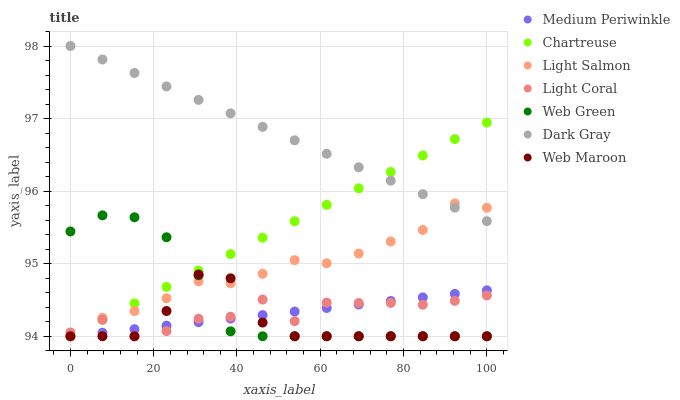
| xaxis_label | Medium Periwinkle | Chartreuse | Light Salmon | Light Coral | Web Green | Dark Gray | Web Maroon |
 | --- | --- | --- | --- | --- | --- | --- | --- |
 | 0 | 94 | 94 | 94 | 94.1 | 95.4 | 98 | 94 |
 | 7.69 | 94 | 94.2 | 94.3 | 94.2 | 95.7 | 97.8 | 94 |
 | 15.4 | 94.1 | 94.5 | 94.3 | 94 | 95.6 | 97.6 | 94 |
 | 23.1 | 94.1 | 94.7 | 94.5 | 94.1 | 95.4 | 97.4 | 94.3 |
 | 30.8 | 94.2 | 94.9 | 94.8 | 94.2 | 94.8 | 97.3 | 94.9 |
 | 38.5 | 94.2 | 95.1 | 94.7 | 94.3 | 94.1 | 97.1 | 94.8 |
 | 46.2 | 94.3 | 95.4 | 94.9 | 94.5 | 94 | 96.9 | 94.2 |
 | 53.8 | 94.3 | 95.6 | 95 | 94.2 | 94 | 96.7 | 94 |
 | 61.5 | 94.4 | 95.8 | 95 | 94.5 | 94 | 96.5 | 94 |
 | 69.2 | 94.4 | 96 | 95.1 | 94.5 | 94 | 96.3 | 94 |
 | 76.9 | 94.5 | 96.3 | 95.3 | 94.5 | 94 | 96.1 | 94 |
 | 84.6 | 94.5 | 96.5 | 95.5 | 94.4 | 94 | 96 | 94 |
 | 92.3 | 94.6 | 96.7 | 95.8 | 94.5 | 94 | 95.8 | 94 |
 | 100 | 94.6 | 96.9 | 95.8 | 94.6 | 94 | 95.6 | 94 |